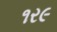
૧ર૯